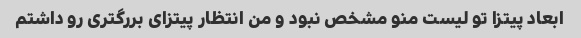
ابعاد پیتزا تو لیست منو مشخص نبود و من انتظار پیتزای بررگتری رو داشتم